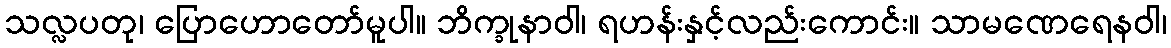
သလ္လပတု၊ ပြောဟောတော်မူပါ။ ဘိက္ခုနာဝါ၊ ရဟန်းနှင့်လည်းကောင်း။ သာမဏေရေနဝါ၊